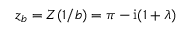
z _ { b } = Z ( 1 / b ) = \pi - \mathrm { i } ( 1 + \lambda )